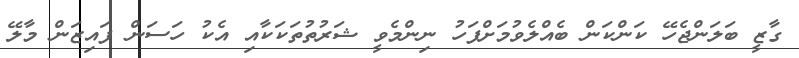
ގާޒީ ބަލަންޖެހޭ ކަންކަން ބެއްލެވުމަށްފަހު ނިންމެވީ ޝަރުތުތަކަކާއި އެކު ހަސަން ފައިޒަން މާލޭ